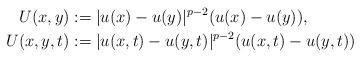
LaTeX: \begin{align*}U(x,y)&:= |u(x)-u(y)|^{p-2} (u(x)-u(y)), \\U(x,y,t)&:= |u(x,t)-u(y,t)|^{p-2} (u(x,t)-u(y,t))\end{align*}